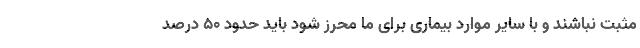
مثبت نباشند و با سایر موارد بیماری برای ما محرز شود باید حدود ۵۰ درصد